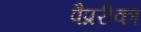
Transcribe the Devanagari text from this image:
पैप्ररीका